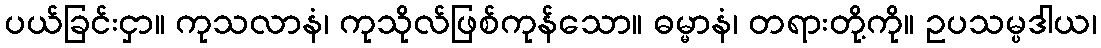
ပယ်ခြင်းငှာ။ ကုသလာနံ၊ ကုသိုလ်ဖြစ်ကုန်သော။ ဓမ္မာနံ၊ တရားတို့ကို။ ဥပသမ္ပဒါယ၊